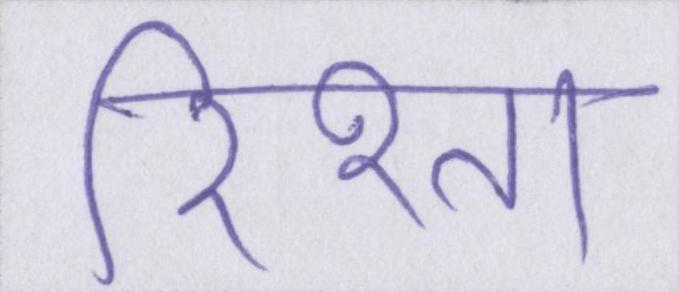
रिश्ता